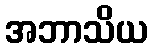
အဘာသိယ